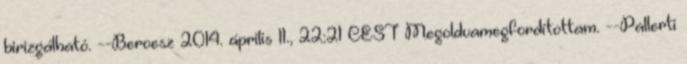
birizgálható. --Beroesz 2014. április 11., 22:21 CEST Megoldvamegfordítottam. --Pallerti